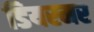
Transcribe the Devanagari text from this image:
डियरमर